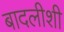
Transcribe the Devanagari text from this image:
बादलीशी